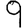
Digit: 9